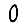
Digit: 0